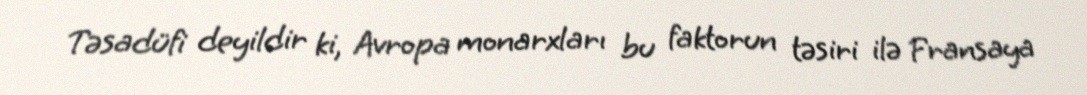
Təsadüfi deyildir ki, Avropa monarxları bu faktorun təsiri ilə Fransaya